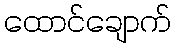
ထောင်ချောက်